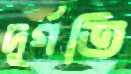
দুর্গতি